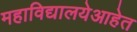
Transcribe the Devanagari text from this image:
महाविद्यालयेआहेत